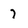
Character: 7